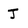
Character: J